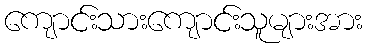
ကျောင်းသားကျောင်းသူများအား